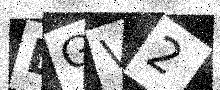
Text: DGV2